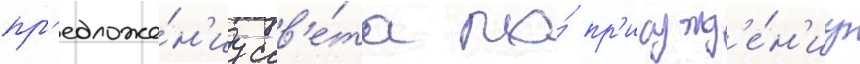
пр'едложе́н'иу сов'е́та по́ пр'исужд'е́н'иу